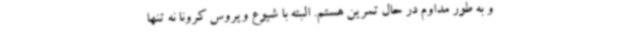
و به طور مداوم در حال تمرین هستم. البته با شیوع ویروس کرونا نه تنها